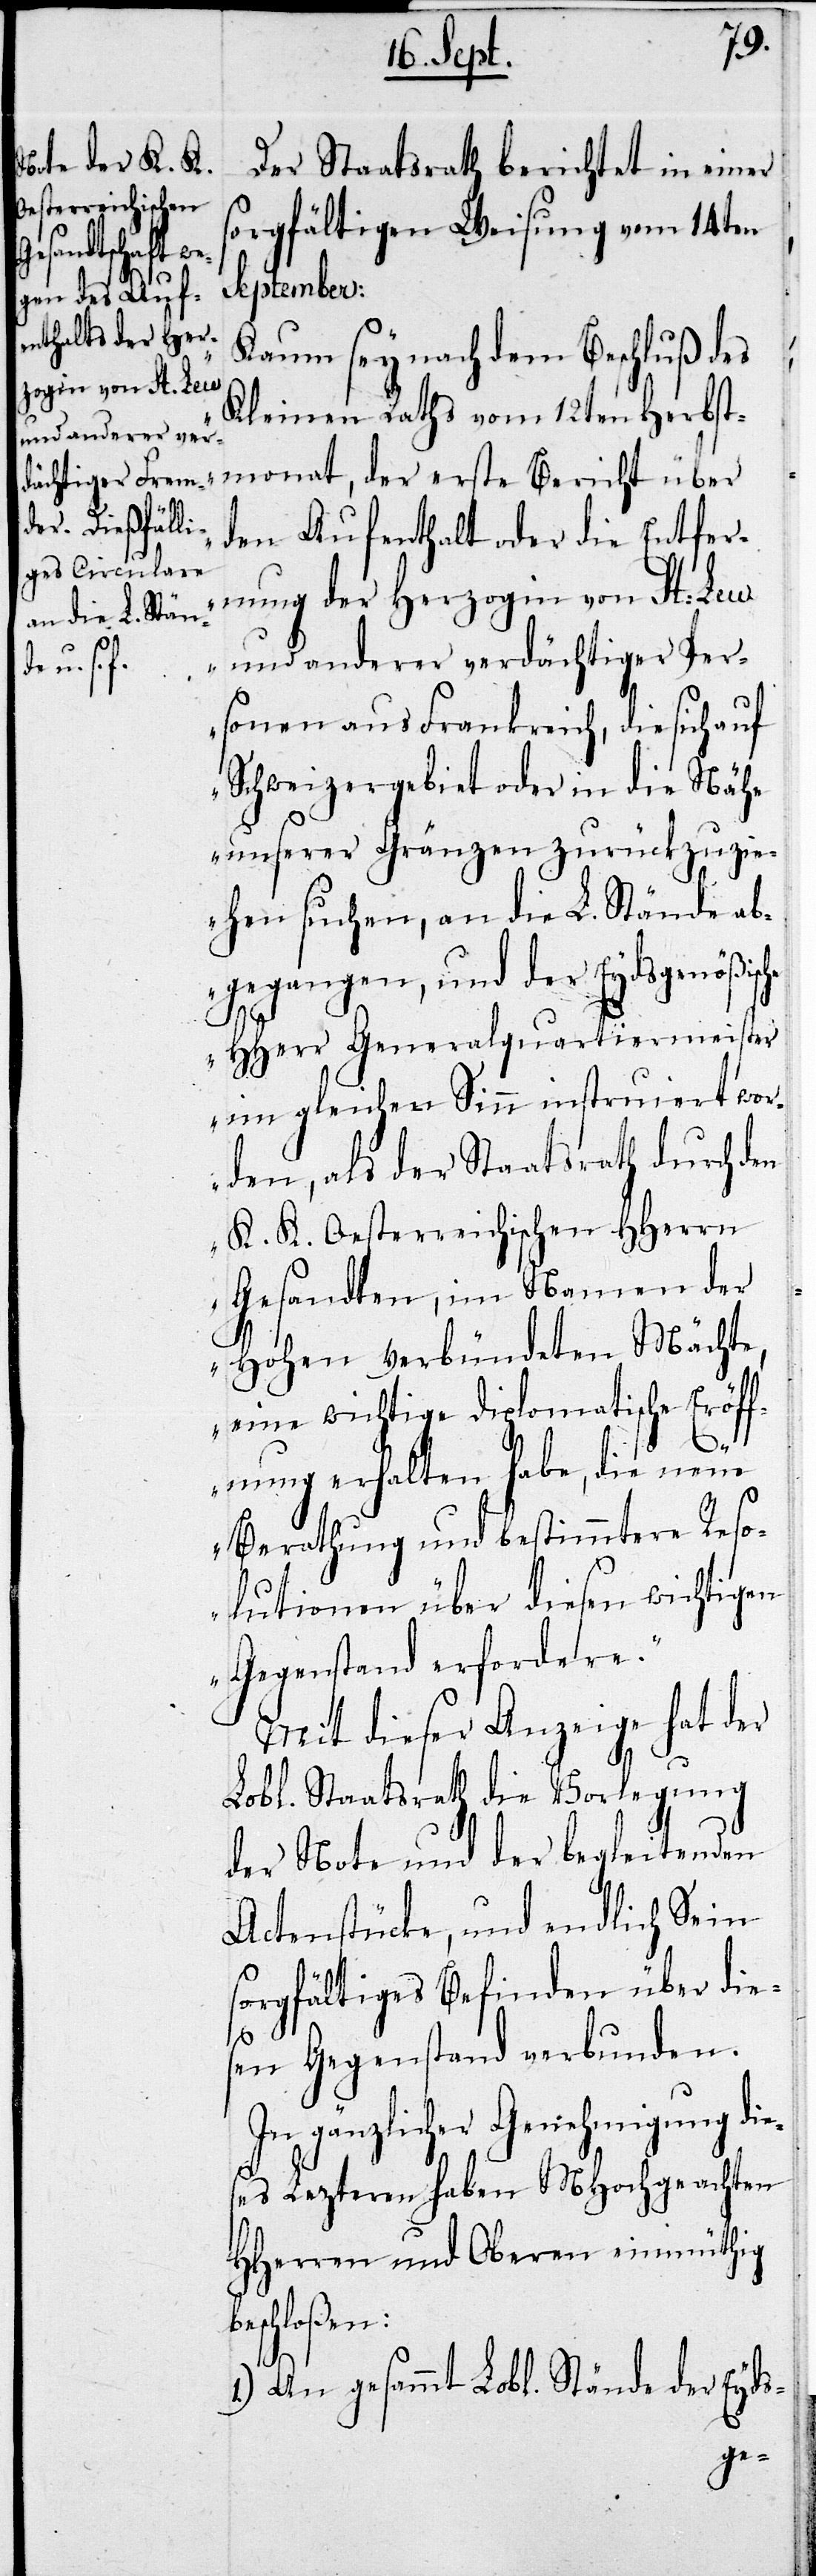
Der Staatsrath berichtet in einer
sorgfältigen Weisung vom 14ten
September:
„Kaum sey nach dem Beschluß des
Kleinen Raths vom 12ten Herbst¬
monath, der erste Bericht über
den Aufenthalt oder die Entfer¬
nung der Herzogin von St. Leu
und anderer verdächtiger Per¬
sonen aus Frankreich, die sich auf
Schweizergebiet oder in die Nähe
unserer Gränzen zurückzuzi¬
ehen suchen, an die L. Stände ab¬
gegangen, und der Eydsgenößisc¬
he
HHerr Generalquartiermeister
im gleichen Sinn instruiert wor¬
den, als der Staatsrath durch den
K. K. Oesterreichischen HHerrn
Gesandten, im Namen der
Hohen verbündeten Mächte
eine wichtige diplomatische Eröff¬
nung erhalten habe, die neue
Berathung und bestimmtere Reso¬
lutionen über diesen wichtigen
Gegenstand erfordere.“
Mit dieser Anzeige hat der
Lobl. Staatsrath die Vorlegung
der Note und der begleitenden
Actenstücke, und endlich Sein
sorgfältiges Befinden über dies¬
en Gegenstand verbunden.
In gänzlicher Genehmigung die¬
ses Lezteren haben MHochgeachten
HHerren und Oberen einmüthig
schloßen:
1.) An gesammt Lobl. Stände der Eyds-
be¬